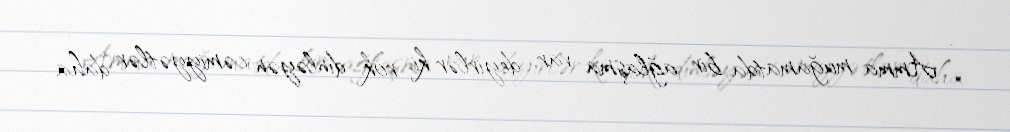
- Amma muğamatda bir ağlaşma var, deyirlər ki, rok dinləyən cəmiyyətlər daha